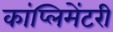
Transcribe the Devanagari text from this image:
कांप्लिमेंटरी